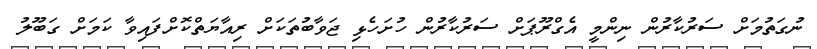
ނުގަތުމަށް ސަރުކާރުން ނިންމީ އެގްރޫޕަށް ސަރުކާރުން ހުށަހެޅި ޖަވާބުތަކަށް ރިއާޔަތްކޮށްފައިވާ ކަމަށް ގަބޫލު